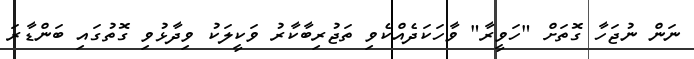
ނަން ނުޖަހާ ގޮތަށް "ހަވީރާ" ވާހަކަދެއްކެވި ތަޖުރިބާކާރު ވަކީލަކު ވިދާޅުވި ގޮތުގައި ބަންޑާރަ